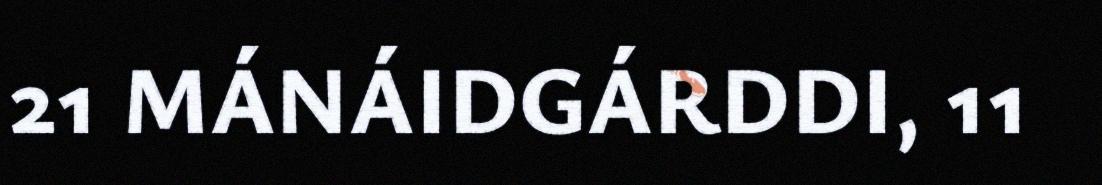
21 MÁNÁIDGÁRDDI, 11